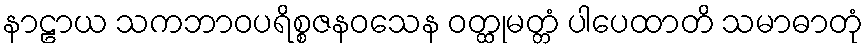
နာဠာယ သကဘာဝပရိစ္စဇနဝသေန ဝတ္ထုမတ္တံ ပါပေထာတိ သမာဓာတုံ